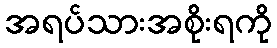
အရပ်သားအစိုးရကို